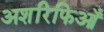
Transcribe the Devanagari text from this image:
अशरिफिआँ